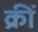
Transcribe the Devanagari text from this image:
क्रीं